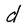
Character: d